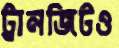
ট্রানজিটও